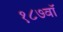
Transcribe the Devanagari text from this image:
१८७वॉ